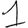
Digit: 1